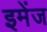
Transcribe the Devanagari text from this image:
इमेंज